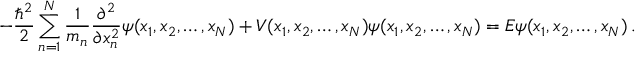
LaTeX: - { \frac { \hbar ^ { 2 } } { 2 } } \sum _ { n = 1 } ^ { N } { \frac { 1 } { m _ { n } } } { \frac { \partial ^ { 2 } } { \partial x _ { n } ^ { 2 } } } \psi ( x _ { 1 } , x _ { 2 } , \ldots , x _ { N } ) + V ( x _ { 1 } , x _ { 2 } , \ldots , x _ { N } ) \psi ( x _ { 1 } , x _ { 2 } , \ldots , x _ { N } ) = E \psi ( x _ { 1 } , x _ { 2 } , \ldots , x _ { N } ) \, .